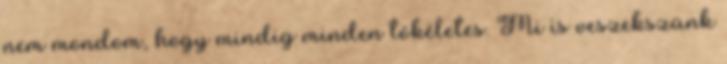
nem mondom, hogy mindig minden tökéletes. Mi is veszekszünk